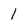
Character: 1